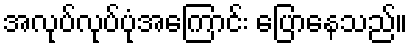
အလုပ်လုပ်ပုံအကြောင်း ပြောနေသည်။